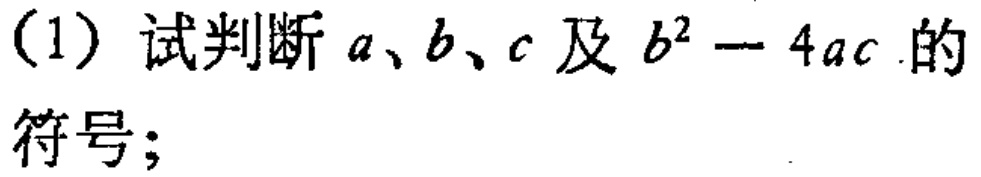
（1）试判断\(a、b、c\)及\(b^{2}-4ac\)的符号；